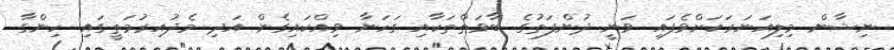
ނިޝާން މިލިއަނަރަކަށްވެފައި ވަނީ ދުންފަތުގެ ބާވަތްތަކާއި ގަހަނާ ވިއްކައިގެން އަދި މެދުއިރުމަތީގައި ހިންގާ